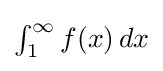
{\textstyle \int _{1}^{\infty }f(x)\,dx}